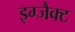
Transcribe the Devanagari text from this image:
इग्जैक्ट